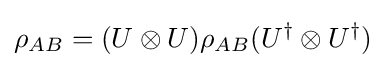
\rho _{AB}=(U\otimes U)\rho _{AB}(U^{\dagger }\otimes U^{\dagger })